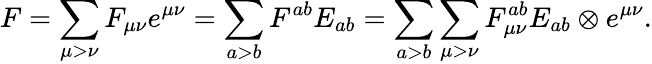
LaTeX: F=\sum_{\mu>\nu}F_{\mu\nu}e^{\mu\nu}=\sum_{a>b}F^{ab}E_{ab}=\sum_{a>b}\sum_{\mu>\nu}F_{\mu\nu}^{ab}E_{ab}\otimes e^{\mu\nu}.